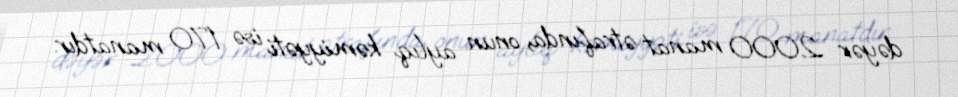
dəyər 2000 manat ətrafında, onun aylıq kəmiyyəti isə 170 manatdır.